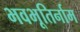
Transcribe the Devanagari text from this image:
भवभूतिर्नाम